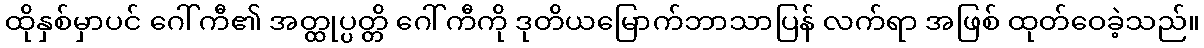
ထိုနှစ်မှာပင် ဂေါ်ကီ၏ အတ္ထုပ္ပတ္တိ ဂေါ်ကီကို ဒုတိယမြောက်ဘာသာပြန် လက်ရာ အဖြစ် ထုတ်ဝေခဲ့သည်။